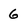
Character: 6